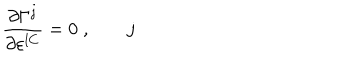
\frac { \partial \Gamma ^ { j } } { \partial \varepsilon ^ { l C } } = 0 \; , \; j